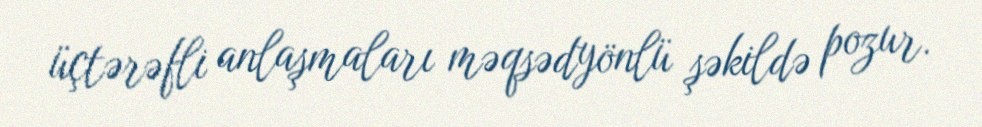
üçtərəfli anlaşmaları məqsədyönlü şəkildə pozur.